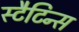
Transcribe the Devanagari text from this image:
स्टैटिन्स